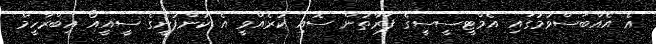
އެ އެއްބަސްވުމުގައި އެމްޓީސީސީގެ ފަރާތުން ސޮއި ކުރެއްވީ އެ ކުންފުނީގެ ސީއީއޯ އިބްރާހީމް